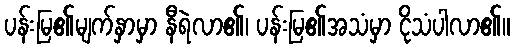
ပန်းမြ၏မျက်နှာမှာ နီရဲလာ၏၊ ပန်းမြ၏အသံမှာ ငိုသံပါလာ၏။